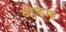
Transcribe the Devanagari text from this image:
जोफेफ